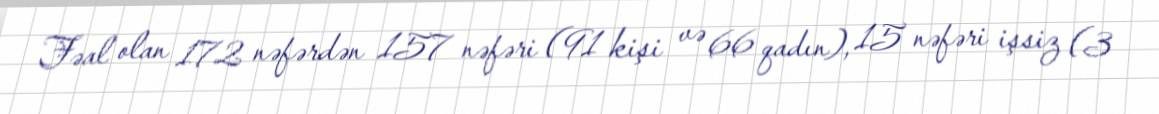
Fəal olan 172 nəfərdən 157 nəfəri (91 kişi və 66 qadın), 15 nəfəri işsiz (3